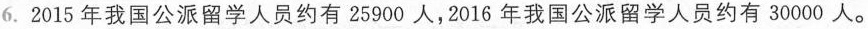
6.2015年我国公派留学人员约有25900人，2016年我国公派留学人员约有30000人。